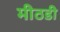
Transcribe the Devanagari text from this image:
मीठडी